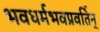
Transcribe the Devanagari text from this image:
भवधर्मभवप्रवर्तिन्